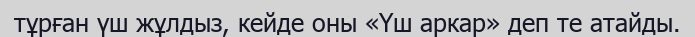
тұрған үш жұлдыз, кейде оны «Үш аркар» деп те атайды.